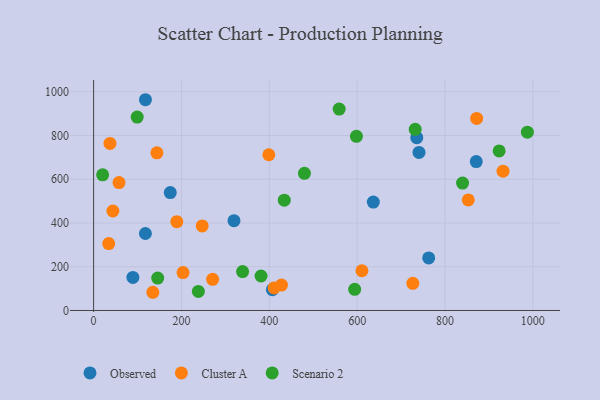
{"axis": {"x": "Speed", "y": "Rating"}, "legend": ["Cluster A", "Observed", "Scenario 2"], "data": [{"x": "174.5", "y": 539.2, "type": "Observed"}, {"x": "762.9", "y": 240.4, "type": "Observed"}, {"x": "117.9", "y": 351.9, "type": "Observed"}, {"x": "740.9", "y": 722.5, "type": "Observed"}, {"x": "636.8", "y": 495.4, "type": "Observed"}, {"x": "735.8", "y": 790.0, "type": "Observed"}, {"x": "319.6", "y": 410.4, "type": "Observed"}, {"x": "407.1", "y": 95.0, "type": "Observed"}, {"x": "118.0", "y": 963.6, "type": "Observed"}, {"x": "89.4", "y": 151.0, "type": "Observed"}, {"x": "871.2", "y": 680.8, "type": "Observed"}, {"x": "57.8", "y": 584.8, "type": "Cluster A"}, {"x": "398.9", "y": 712.1, "type": "Cluster A"}, {"x": "411.0", "y": 103.0, "type": "Cluster A"}, {"x": "144.1", "y": 720.7, "type": "Cluster A"}, {"x": "932.2", "y": 637.0, "type": "Cluster A"}, {"x": "726.8", "y": 123.9, "type": "Cluster A"}, {"x": "610.9", "y": 181.6, "type": "Cluster A"}, {"x": "37.2", "y": 763.8, "type": "Cluster A"}, {"x": "134.8", "y": 83.2, "type": "Cluster A"}, {"x": "43.8", "y": 454.8, "type": "Cluster A"}, {"x": "34.3", "y": 305.7, "type": "Cluster A"}, {"x": "270.9", "y": 142.2, "type": "Cluster A"}, {"x": "203.6", "y": 173.3, "type": "Cluster A"}, {"x": "247.2", "y": 386.6, "type": "Cluster A"}, {"x": "189.4", "y": 405.8, "type": "Cluster A"}, {"x": "853.0", "y": 505.3, "type": "Cluster A"}, {"x": "427.8", "y": 115.9, "type": "Cluster A"}, {"x": "872.1", "y": 878.3, "type": "Cluster A"}, {"x": "339.2", "y": 177.7, "type": "Scenario 2"}, {"x": "987.6", "y": 815.2, "type": "Scenario 2"}, {"x": "840.0", "y": 582.7, "type": "Scenario 2"}, {"x": "559.1", "y": 920.9, "type": "Scenario 2"}, {"x": "145.9", "y": 148.0, "type": "Scenario 2"}, {"x": "594.4", "y": 96.8, "type": "Scenario 2"}, {"x": "598.4", "y": 796.3, "type": "Scenario 2"}, {"x": "923.3", "y": 729.3, "type": "Scenario 2"}, {"x": "20.5", "y": 620.3, "type": "Scenario 2"}, {"x": "381.2", "y": 157.6, "type": "Scenario 2"}, {"x": "480.0", "y": 626.9, "type": "Scenario 2"}, {"x": "99.2", "y": 884.3, "type": "Scenario 2"}, {"x": "238.5", "y": 87.2, "type": "Scenario 2"}, {"x": "434.1", "y": 504.4, "type": "Scenario 2"}, {"x": "732.2", "y": 828.3, "type": "Scenario 2"}]}